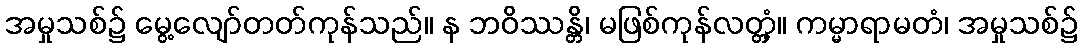
အမှုသစ်၌ မွေ့လျော်တတ်ကုန်သည်။ န ဘဝိဿန္တိ၊ မဖြစ်ကုန်လတ္တံ့။ ကမ္မာရာမတံ၊ အမှုသစ်၌